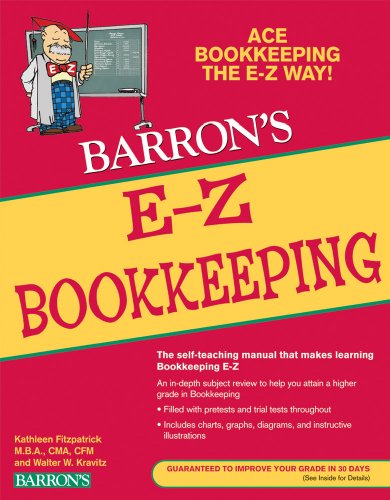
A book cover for E-Z Bookkeeping (Bookkeeping the Easy Way); Kathleen Fitzpatrick; Business & Money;